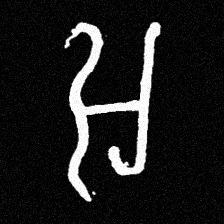
Pyu character \u2014 Myanmar letter: အ (romanized: a)